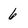
Character: 6